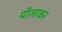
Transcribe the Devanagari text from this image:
मीलाकर